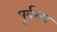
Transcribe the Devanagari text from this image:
पूर्वरुप